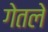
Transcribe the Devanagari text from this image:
गेतले